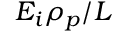
E _ { i } \rho _ { p } / L